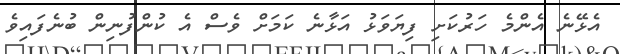
އެޅޭނެ އެންމެ ހަރުކަށި ފިޔަވަޅު އަޅާނެ ކަމަށް ވެސް އެ ކުންފުނިން ބުނެފައިވެ